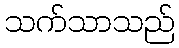
သက်သာသည်